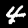
Label: 4